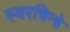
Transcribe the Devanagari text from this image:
स्वरचिन्हे